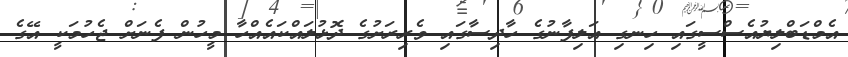
އެމްޑަބްލިޔުއެސްސީގައި ހިނގި އަލިފާނުގެ ހާދިސާގައި ވެރިރަށުގެ ދޮޅުލައްކައެއްހާ މީހުން ފެނަށް ޖެހުމަކީ އޭގެ